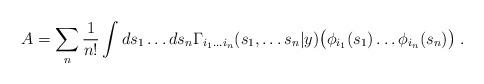
LaTeX: \begin{align*}A=\sum _{n}\frac{1}{n!}\int ds_{1}\ldots ds_{n}\Gamma _{i_{1}\ldots i_{n}}(s_{1},\ldots s_{n}|y)\bigl (\phi _{i_{1}}(s_{1})\ldots \phi _{i_{n}}(s_{n})\bigl )\; .\end{align*}